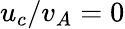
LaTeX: u_{c}/v_{A}=0